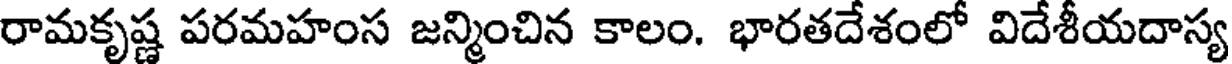
రామకృష్ణ పరమహంస జన్మించిన కాలం. భారతదేశంలో విదేశీయదాస్య